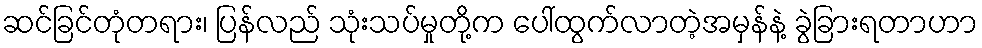
ဆင်ခြင်တုံတရား၊ ပြန်လည် သုံးသပ်မှုတို့က ပေါ်ထွက်လာတဲ့အမှန်နဲ့ ခွဲခြားရတာဟာ